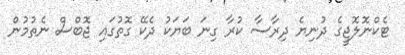
ޓެކްނޮލޮޖީގެ ދުނިޔެ ދިރާސާ ކުރާ ގިނަ ބަޔަކު ދެކޭ ގޮތުގައި ޖޮބްސް ނެތުމުން